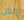
إنش